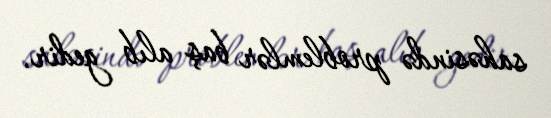
sahəsində problemlər baş alıb gedir.